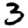
Digit: 3